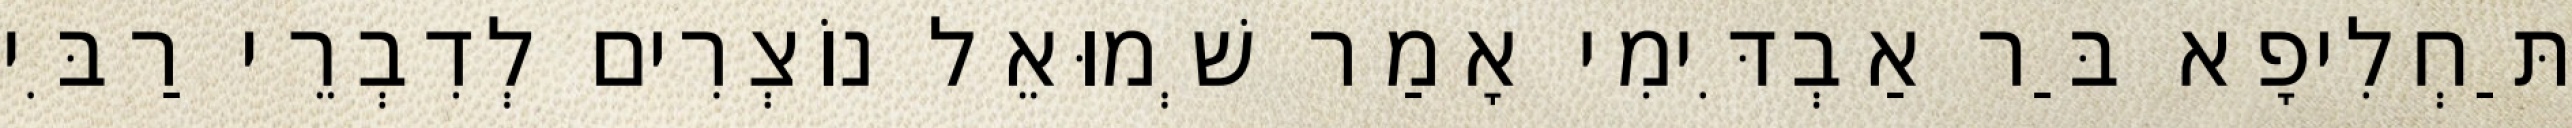
תַּחְלִיפָא בַּר אַבְדִּימִי אָמַר שְׁמוּאֵל נוֹצְרִים לְדִבְרֵי רַבִּי